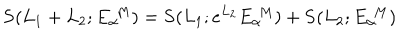
LaTeX: { \bf S } ( L _ { 1 } + L _ { 2 } ; E _ { \alpha } ^ { \, \, M } ) = { \bf S } ( L _ { 1 } ; e ^ { L _ { 2 } } E _ { \alpha } ^ { \, \, M } ) + { \bf S } ( L _ { 2 } ; E _ { \alpha } ^ { \, \, M } )